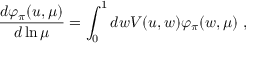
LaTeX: \frac { d \varphi _ { \pi } ( u , \mu ) } { d \ln \mu } = \int _ { 0 } ^ { 1 } d w V ( u , w ) \varphi _ { \pi } ( w , \mu ) ~ ,